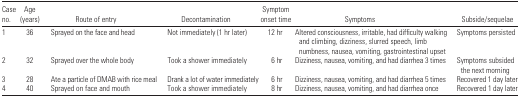
<table><thead><tr><td><b>Case no.</b></td><td><b>Age (years)</b></td><td><b>Route of entry</b></td><td><b>Decontamination</b></td><td><b>Symptom onset time</b></td><td><b>Symptoms</b></td><td><b>Subside/sequelae</b></td></tr></thead><tbody><tr><td>1</td><td>36</td><td>Sprayed on the face and head</td><td>Not immediately (1 hr later)</td><td>12 hr</td><td>Altered consciousness, irritable, had difficulty walking and climbing, dizziness, slurred speech, limb numbness, nausea, vomiting, gastrointestinal upset</td><td>Symptoms persisted</td></tr><tr><td>2</td><td>32</td><td>Sprayed over the whole body</td><td>Took a shower immediately</td><td>6 hr</td><td>Dizziness, nausea, vomiting, and had diarrhea 3 times</td><td>Symptoms subsided the next morning</td></tr><tr><td>3</td><td>28</td><td>Ate a particle of DMAB with rice meal</td><td>Drank a lot of water immediately</td><td>6 hr</td><td>Dizziness, nausea, vomiting, and had diarrhea 5 times</td><td>Recovered 1 day later</td></tr><tr><td>4</td><td>40</td><td>Sprayed on face and mouth</td><td>Took a shower immediately</td><td>8 hr</td><td>Dizziness, nausea, vomiting, and had diarrhea once</td><td>Recovered 1 day later</td></tr></tbody></table>